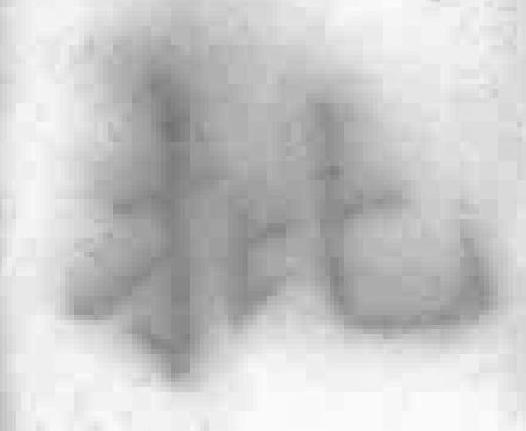
批